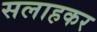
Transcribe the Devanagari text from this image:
सलाहकर